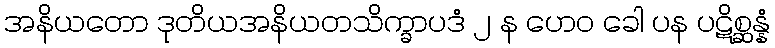
အနိယတော ဒုတိယအနိယတသိက္ခာပဒံ ၂ န ဟေဝ ခေါ ပန ပဋိစ္ဆန္နံ